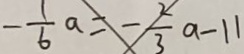
- \frac { 1 } { 6 } a = - \frac { 2 } { 3 } a - 1 1